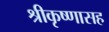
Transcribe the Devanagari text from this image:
श्रीकृष्णासह